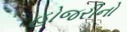
હોજરીનો